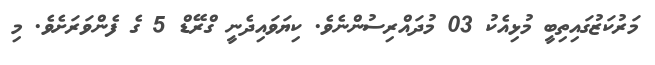
މަރުކަޒުގައިތިބީ މުޅިއެކު 03 މުދައްރިސުންނެވެ. ކިޔަވައިދެނީ ގްރޭޑް 5 ގެ ފެންވަރަށެވެ. މި